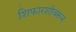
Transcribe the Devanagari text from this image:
शिफारशीवरून